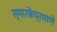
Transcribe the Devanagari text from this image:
स्मारकेंप्रमाणे